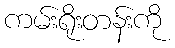
ကမ်းရိုးတန်းကို